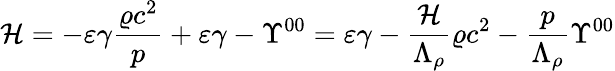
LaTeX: \mathcal{H}=-\varepsilon\gamma\frac{\varrho c^{2}}{p}+\varepsilon\gamma-\Upsilon^{00}=\varepsilon\gamma-\frac{\mathcal{H}}{\Lambda_{\rho}}\varrho c^{2}-\frac{p}{\Lambda_{\rho}}\Upsilon^{00}